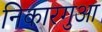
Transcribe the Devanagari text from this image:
निकारगुआ